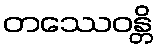
တဿေဝန္တိ